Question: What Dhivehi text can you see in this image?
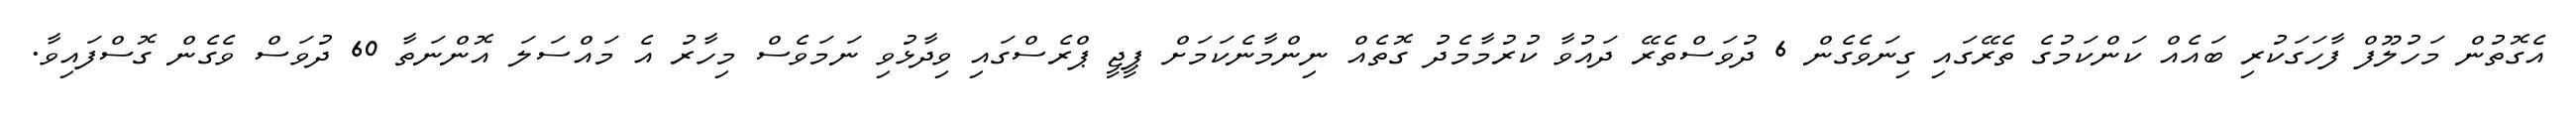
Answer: އެގޮތުން މަހުލޫފް ފާހަގަކުރި ބައެއް ކަންކަމުގެ ތެރޭގައި ގިނަވެގެން 6 ދުވަސްތެރޭ ދައުވާ ކުރުމާމެދު ގޮތެއް ނިންމާނެކަމަށް ޕީޖީ ޕްރެސްގައި ވިދާޅުވި ނަމަވެސް މިހާރު އެ މައްސަލަ އޮންނަތާ 60 ދުވަސް ވެގެން ގޮސްފައިވާ.